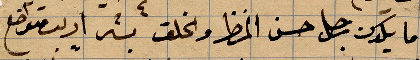
ما يكون رجل حسن المنظر والخلق بشر ومتواضع